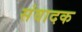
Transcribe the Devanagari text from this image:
संवादक